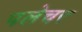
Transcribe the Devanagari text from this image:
पलेचर